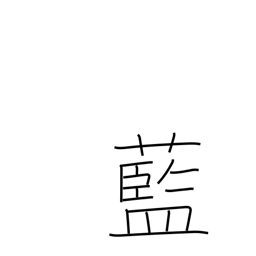
Meaning: indigo